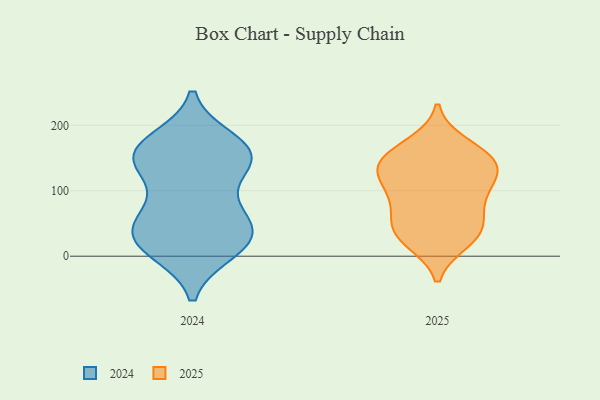
{"axis": {"x": "Customer Acquisition Cost (USD)", "y": "Value"}, "legend": ["2024", "2025"], "data": [{"x": "", "y": 96, "type": "2025"}, {"x": "", "y": 124, "type": "2025"}, {"x": "", "y": 117, "type": "2025"}, {"x": "", "y": 35, "type": "2025"}, {"x": "", "y": 135, "type": "2025"}, {"x": "", "y": 150, "type": "2025"}, {"x": "", "y": 147, "type": "2025"}, {"x": "", "y": 169, "type": "2025"}, {"x": "", "y": 42, "type": "2025"}, {"x": "", "y": 67, "type": "2025"}, {"x": "", "y": 88, "type": "2025"}, {"x": "", "y": 148, "type": "2025"}, {"x": "", "y": 35, "type": "2025"}, {"x": "", "y": 24, "type": "2025"}, {"x": "", "y": 10, "type": "2024"}, {"x": "", "y": 150, "type": "2024"}, {"x": "", "y": 174, "type": "2024"}, {"x": "", "y": 71, "type": "2024"}, {"x": "", "y": 28, "type": "2024"}, {"x": "", "y": 24, "type": "2024"}, {"x": "", "y": 155, "type": "2024"}, {"x": "", "y": 153, "type": "2024"}, {"x": "", "y": 131, "type": "2024"}, {"x": "", "y": 157, "type": "2024"}, {"x": "", "y": 158, "type": "2024"}, {"x": "", "y": 25, "type": "2024"}, {"x": "", "y": 59, "type": "2024"}, {"x": "", "y": 60, "type": "2024"}, {"x": "", "y": 21, "type": "2024"}]}